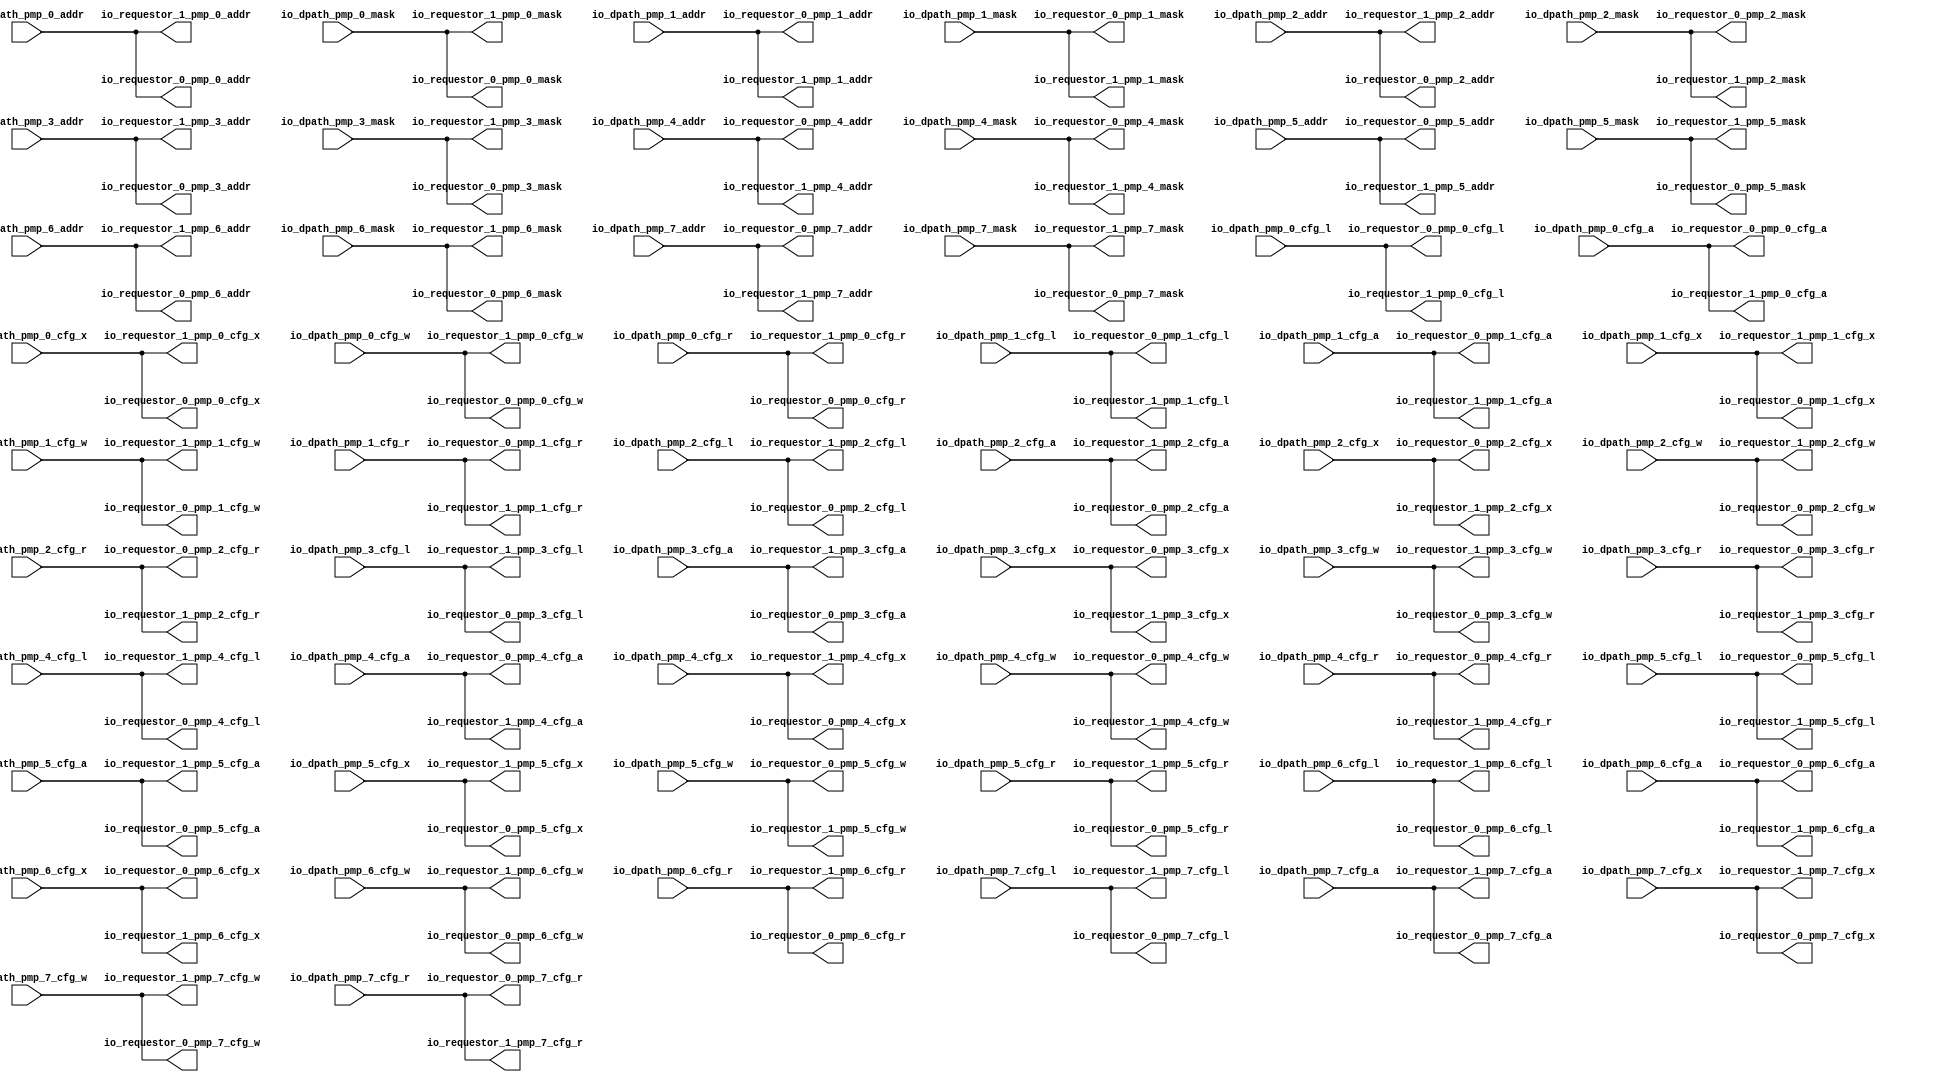
module PTW( // @[:freechips.rocketchip.system.TinyConfig.fir@115493.2]
  output        io_requestor_0_pmp_0_cfg_l, // @[:freechips.rocketchip.system.TinyConfig.fir@115496.4]
  output [1:0]  io_requestor_0_pmp_0_cfg_a, // @[:freechips.rocketchip.system.TinyConfig.fir@115496.4]
  output        io_requestor_0_pmp_0_cfg_x, // @[:freechips.rocketchip.system.TinyConfig.fir@115496.4]
  output        io_requestor_0_pmp_0_cfg_w, // @[:freechips.rocketchip.system.TinyConfig.fir@115496.4]
  output        io_requestor_0_pmp_0_cfg_r, // @[:freechips.rocketchip.system.TinyConfig.fir@115496.4]
  output [29:0] io_requestor_0_pmp_0_addr, // @[:freechips.rocketchip.system.TinyConfig.fir@115496.4]
  output [31:0] io_requestor_0_pmp_0_mask, // @[:freechips.rocketchip.system.TinyConfig.fir@115496.4]
  output        io_requestor_0_pmp_1_cfg_l, // @[:freechips.rocketchip.system.TinyConfig.fir@115496.4]
  output [1:0]  io_requestor_0_pmp_1_cfg_a, // @[:freechips.rocketchip.system.TinyConfig.fir@115496.4]
  output        io_requestor_0_pmp_1_cfg_x, // @[:freechips.rocketchip.system.TinyConfig.fir@115496.4]
  output        io_requestor_0_pmp_1_cfg_w, // @[:freechips.rocketchip.system.TinyConfig.fir@115496.4]
  output        io_requestor_0_pmp_1_cfg_r, // @[:freechips.rocketchip.system.TinyConfig.fir@115496.4]
  output [29:0] io_requestor_0_pmp_1_addr, // @[:freechips.rocketchip.system.TinyConfig.fir@115496.4]
  output [31:0] io_requestor_0_pmp_1_mask, // @[:freechips.rocketchip.system.TinyConfig.fir@115496.4]
  output        io_requestor_0_pmp_2_cfg_l, // @[:freechips.rocketchip.system.TinyConfig.fir@115496.4]
  output [1:0]  io_requestor_0_pmp_2_cfg_a, // @[:freechips.rocketchip.system.TinyConfig.fir@115496.4]
  output        io_requestor_0_pmp_2_cfg_x, // @[:freechips.rocketchip.system.TinyConfig.fir@115496.4]
  output        io_requestor_0_pmp_2_cfg_w, // @[:freechips.rocketchip.system.TinyConfig.fir@115496.4]
  output        io_requestor_0_pmp_2_cfg_r, // @[:freechips.rocketchip.system.TinyConfig.fir@115496.4]
  output [29:0] io_requestor_0_pmp_2_addr, // @[:freechips.rocketchip.system.TinyConfig.fir@115496.4]
  output [31:0] io_requestor_0_pmp_2_mask, // @[:freechips.rocketchip.system.TinyConfig.fir@115496.4]
  output        io_requestor_0_pmp_3_cfg_l, // @[:freechips.rocketchip.system.TinyConfig.fir@115496.4]
  output [1:0]  io_requestor_0_pmp_3_cfg_a, // @[:freechips.rocketchip.system.TinyConfig.fir@115496.4]
  output        io_requestor_0_pmp_3_cfg_x, // @[:freechips.rocketchip.system.TinyConfig.fir@115496.4]
  output        io_requestor_0_pmp_3_cfg_w, // @[:freechips.rocketchip.system.TinyConfig.fir@115496.4]
  output        io_requestor_0_pmp_3_cfg_r, // @[:freechips.rocketchip.system.TinyConfig.fir@115496.4]
  output [29:0] io_requestor_0_pmp_3_addr, // @[:freechips.rocketchip.system.TinyConfig.fir@115496.4]
  output [31:0] io_requestor_0_pmp_3_mask, // @[:freechips.rocketchip.system.TinyConfig.fir@115496.4]
  output        io_requestor_0_pmp_4_cfg_l, // @[:freechips.rocketchip.system.TinyConfig.fir@115496.4]
  output [1:0]  io_requestor_0_pmp_4_cfg_a, // @[:freechips.rocketchip.system.TinyConfig.fir@115496.4]
  output        io_requestor_0_pmp_4_cfg_x, // @[:freechips.rocketchip.system.TinyConfig.fir@115496.4]
  output        io_requestor_0_pmp_4_cfg_w, // @[:freechips.rocketchip.system.TinyConfig.fir@115496.4]
  output        io_requestor_0_pmp_4_cfg_r, // @[:freechips.rocketchip.system.TinyConfig.fir@115496.4]
  output [29:0] io_requestor_0_pmp_4_addr, // @[:freechips.rocketchip.system.TinyConfig.fir@115496.4]
  output [31:0] io_requestor_0_pmp_4_mask, // @[:freechips.rocketchip.system.TinyConfig.fir@115496.4]
  output        io_requestor_0_pmp_5_cfg_l, // @[:freechips.rocketchip.system.TinyConfig.fir@115496.4]
  output [1:0]  io_requestor_0_pmp_5_cfg_a, // @[:freechips.rocketchip.system.TinyConfig.fir@115496.4]
  output        io_requestor_0_pmp_5_cfg_x, // @[:freechips.rocketchip.system.TinyConfig.fir@115496.4]
  output        io_requestor_0_pmp_5_cfg_w, // @[:freechips.rocketchip.system.TinyConfig.fir@115496.4]
  output        io_requestor_0_pmp_5_cfg_r, // @[:freechips.rocketchip.system.TinyConfig.fir@115496.4]
  output [29:0] io_requestor_0_pmp_5_addr, // @[:freechips.rocketchip.system.TinyConfig.fir@115496.4]
  output [31:0] io_requestor_0_pmp_5_mask, // @[:freechips.rocketchip.system.TinyConfig.fir@115496.4]
  output        io_requestor_0_pmp_6_cfg_l, // @[:freechips.rocketchip.system.TinyConfig.fir@115496.4]
  output [1:0]  io_requestor_0_pmp_6_cfg_a, // @[:freechips.rocketchip.system.TinyConfig.fir@115496.4]
  output        io_requestor_0_pmp_6_cfg_x, // @[:freechips.rocketchip.system.TinyConfig.fir@115496.4]
  output        io_requestor_0_pmp_6_cfg_w, // @[:freechips.rocketchip.system.TinyConfig.fir@115496.4]
  output        io_requestor_0_pmp_6_cfg_r, // @[:freechips.rocketchip.system.TinyConfig.fir@115496.4]
  output [29:0] io_requestor_0_pmp_6_addr, // @[:freechips.rocketchip.system.TinyConfig.fir@115496.4]
  output [31:0] io_requestor_0_pmp_6_mask, // @[:freechips.rocketchip.system.TinyConfig.fir@115496.4]
  output        io_requestor_0_pmp_7_cfg_l, // @[:freechips.rocketchip.system.TinyConfig.fir@115496.4]
  output [1:0]  io_requestor_0_pmp_7_cfg_a, // @[:freechips.rocketchip.system.TinyConfig.fir@115496.4]
  output        io_requestor_0_pmp_7_cfg_x, // @[:freechips.rocketchip.system.TinyConfig.fir@115496.4]
  output        io_requestor_0_pmp_7_cfg_w, // @[:freechips.rocketchip.system.TinyConfig.fir@115496.4]
  output        io_requestor_0_pmp_7_cfg_r, // @[:freechips.rocketchip.system.TinyConfig.fir@115496.4]
  output [29:0] io_requestor_0_pmp_7_addr, // @[:freechips.rocketchip.system.TinyConfig.fir@115496.4]
  output [31:0] io_requestor_0_pmp_7_mask, // @[:freechips.rocketchip.system.TinyConfig.fir@115496.4]
  output        io_requestor_1_pmp_0_cfg_l, // @[:freechips.rocketchip.system.TinyConfig.fir@115496.4]
  output [1:0]  io_requestor_1_pmp_0_cfg_a, // @[:freechips.rocketchip.system.TinyConfig.fir@115496.4]
  output        io_requestor_1_pmp_0_cfg_x, // @[:freechips.rocketchip.system.TinyConfig.fir@115496.4]
  output        io_requestor_1_pmp_0_cfg_w, // @[:freechips.rocketchip.system.TinyConfig.fir@115496.4]
  output        io_requestor_1_pmp_0_cfg_r, // @[:freechips.rocketchip.system.TinyConfig.fir@115496.4]
  output [29:0] io_requestor_1_pmp_0_addr, // @[:freechips.rocketchip.system.TinyConfig.fir@115496.4]
  output [31:0] io_requestor_1_pmp_0_mask, // @[:freechips.rocketchip.system.TinyConfig.fir@115496.4]
  output        io_requestor_1_pmp_1_cfg_l, // @[:freechips.rocketchip.system.TinyConfig.fir@115496.4]
  output [1:0]  io_requestor_1_pmp_1_cfg_a, // @[:freechips.rocketchip.system.TinyConfig.fir@115496.4]
  output        io_requestor_1_pmp_1_cfg_x, // @[:freechips.rocketchip.system.TinyConfig.fir@115496.4]
  output        io_requestor_1_pmp_1_cfg_w, // @[:freechips.rocketchip.system.TinyConfig.fir@115496.4]
  output        io_requestor_1_pmp_1_cfg_r, // @[:freechips.rocketchip.system.TinyConfig.fir@115496.4]
  output [29:0] io_requestor_1_pmp_1_addr, // @[:freechips.rocketchip.system.TinyConfig.fir@115496.4]
  output [31:0] io_requestor_1_pmp_1_mask, // @[:freechips.rocketchip.system.TinyConfig.fir@115496.4]
  output        io_requestor_1_pmp_2_cfg_l, // @[:freechips.rocketchip.system.TinyConfig.fir@115496.4]
  output [1:0]  io_requestor_1_pmp_2_cfg_a, // @[:freechips.rocketchip.system.TinyConfig.fir@115496.4]
  output        io_requestor_1_pmp_2_cfg_x, // @[:freechips.rocketchip.system.TinyConfig.fir@115496.4]
  output        io_requestor_1_pmp_2_cfg_w, // @[:freechips.rocketchip.system.TinyConfig.fir@115496.4]
  output        io_requestor_1_pmp_2_cfg_r, // @[:freechips.rocketchip.system.TinyConfig.fir@115496.4]
  output [29:0] io_requestor_1_pmp_2_addr, // @[:freechips.rocketchip.system.TinyConfig.fir@115496.4]
  output [31:0] io_requestor_1_pmp_2_mask, // @[:freechips.rocketchip.system.TinyConfig.fir@115496.4]
  output        io_requestor_1_pmp_3_cfg_l, // @[:freechips.rocketchip.system.TinyConfig.fir@115496.4]
  output [1:0]  io_requestor_1_pmp_3_cfg_a, // @[:freechips.rocketchip.system.TinyConfig.fir@115496.4]
  output        io_requestor_1_pmp_3_cfg_x, // @[:freechips.rocketchip.system.TinyConfig.fir@115496.4]
  output        io_requestor_1_pmp_3_cfg_w, // @[:freechips.rocketchip.system.TinyConfig.fir@115496.4]
  output        io_requestor_1_pmp_3_cfg_r, // @[:freechips.rocketchip.system.TinyConfig.fir@115496.4]
  output [29:0] io_requestor_1_pmp_3_addr, // @[:freechips.rocketchip.system.TinyConfig.fir@115496.4]
  output [31:0] io_requestor_1_pmp_3_mask, // @[:freechips.rocketchip.system.TinyConfig.fir@115496.4]
  output        io_requestor_1_pmp_4_cfg_l, // @[:freechips.rocketchip.system.TinyConfig.fir@115496.4]
  output [1:0]  io_requestor_1_pmp_4_cfg_a, // @[:freechips.rocketchip.system.TinyConfig.fir@115496.4]
  output        io_requestor_1_pmp_4_cfg_x, // @[:freechips.rocketchip.system.TinyConfig.fir@115496.4]
  output        io_requestor_1_pmp_4_cfg_w, // @[:freechips.rocketchip.system.TinyConfig.fir@115496.4]
  output        io_requestor_1_pmp_4_cfg_r, // @[:freechips.rocketchip.system.TinyConfig.fir@115496.4]
  output [29:0] io_requestor_1_pmp_4_addr, // @[:freechips.rocketchip.system.TinyConfig.fir@115496.4]
  output [31:0] io_requestor_1_pmp_4_mask, // @[:freechips.rocketchip.system.TinyConfig.fir@115496.4]
  output        io_requestor_1_pmp_5_cfg_l, // @[:freechips.rocketchip.system.TinyConfig.fir@115496.4]
  output [1:0]  io_requestor_1_pmp_5_cfg_a, // @[:freechips.rocketchip.system.TinyConfig.fir@115496.4]
  output        io_requestor_1_pmp_5_cfg_x, // @[:freechips.rocketchip.system.TinyConfig.fir@115496.4]
  output        io_requestor_1_pmp_5_cfg_w, // @[:freechips.rocketchip.system.TinyConfig.fir@115496.4]
  output        io_requestor_1_pmp_5_cfg_r, // @[:freechips.rocketchip.system.TinyConfig.fir@115496.4]
  output [29:0] io_requestor_1_pmp_5_addr, // @[:freechips.rocketchip.system.TinyConfig.fir@115496.4]
  output [31:0] io_requestor_1_pmp_5_mask, // @[:freechips.rocketchip.system.TinyConfig.fir@115496.4]
  output        io_requestor_1_pmp_6_cfg_l, // @[:freechips.rocketchip.system.TinyConfig.fir@115496.4]
  output [1:0]  io_requestor_1_pmp_6_cfg_a, // @[:freechips.rocketchip.system.TinyConfig.fir@115496.4]
  output        io_requestor_1_pmp_6_cfg_x, // @[:freechips.rocketchip.system.TinyConfig.fir@115496.4]
  output        io_requestor_1_pmp_6_cfg_w, // @[:freechips.rocketchip.system.TinyConfig.fir@115496.4]
  output        io_requestor_1_pmp_6_cfg_r, // @[:freechips.rocketchip.system.TinyConfig.fir@115496.4]
  output [29:0] io_requestor_1_pmp_6_addr, // @[:freechips.rocketchip.system.TinyConfig.fir@115496.4]
  output [31:0] io_requestor_1_pmp_6_mask, // @[:freechips.rocketchip.system.TinyConfig.fir@115496.4]
  output        io_requestor_1_pmp_7_cfg_l, // @[:freechips.rocketchip.system.TinyConfig.fir@115496.4]
  output [1:0]  io_requestor_1_pmp_7_cfg_a, // @[:freechips.rocketchip.system.TinyConfig.fir@115496.4]
  output        io_requestor_1_pmp_7_cfg_x, // @[:freechips.rocketchip.system.TinyConfig.fir@115496.4]
  output        io_requestor_1_pmp_7_cfg_w, // @[:freechips.rocketchip.system.TinyConfig.fir@115496.4]
  output        io_requestor_1_pmp_7_cfg_r, // @[:freechips.rocketchip.system.TinyConfig.fir@115496.4]
  output [29:0] io_requestor_1_pmp_7_addr, // @[:freechips.rocketchip.system.TinyConfig.fir@115496.4]
  output [31:0] io_requestor_1_pmp_7_mask, // @[:freechips.rocketchip.system.TinyConfig.fir@115496.4]
  input         io_dpath_pmp_0_cfg_l, // @[:freechips.rocketchip.system.TinyConfig.fir@115496.4]
  input  [1:0]  io_dpath_pmp_0_cfg_a, // @[:freechips.rocketchip.system.TinyConfig.fir@115496.4]
  input         io_dpath_pmp_0_cfg_x, // @[:freechips.rocketchip.system.TinyConfig.fir@115496.4]
  input         io_dpath_pmp_0_cfg_w, // @[:freechips.rocketchip.system.TinyConfig.fir@115496.4]
  input         io_dpath_pmp_0_cfg_r, // @[:freechips.rocketchip.system.TinyConfig.fir@115496.4]
  input  [29:0] io_dpath_pmp_0_addr, // @[:freechips.rocketchip.system.TinyConfig.fir@115496.4]
  input  [31:0] io_dpath_pmp_0_mask, // @[:freechips.rocketchip.system.TinyConfig.fir@115496.4]
  input         io_dpath_pmp_1_cfg_l, // @[:freechips.rocketchip.system.TinyConfig.fir@115496.4]
  input  [1:0]  io_dpath_pmp_1_cfg_a, // @[:freechips.rocketchip.system.TinyConfig.fir@115496.4]
  input         io_dpath_pmp_1_cfg_x, // @[:freechips.rocketchip.system.TinyConfig.fir@115496.4]
  input         io_dpath_pmp_1_cfg_w, // @[:freechips.rocketchip.system.TinyConfig.fir@115496.4]
  input         io_dpath_pmp_1_cfg_r, // @[:freechips.rocketchip.system.TinyConfig.fir@115496.4]
  input  [29:0] io_dpath_pmp_1_addr, // @[:freechips.rocketchip.system.TinyConfig.fir@115496.4]
  input  [31:0] io_dpath_pmp_1_mask, // @[:freechips.rocketchip.system.TinyConfig.fir@115496.4]
  input         io_dpath_pmp_2_cfg_l, // @[:freechips.rocketchip.system.TinyConfig.fir@115496.4]
  input  [1:0]  io_dpath_pmp_2_cfg_a, // @[:freechips.rocketchip.system.TinyConfig.fir@115496.4]
  input         io_dpath_pmp_2_cfg_x, // @[:freechips.rocketchip.system.TinyConfig.fir@115496.4]
  input         io_dpath_pmp_2_cfg_w, // @[:freechips.rocketchip.system.TinyConfig.fir@115496.4]
  input         io_dpath_pmp_2_cfg_r, // @[:freechips.rocketchip.system.TinyConfig.fir@115496.4]
  input  [29:0] io_dpath_pmp_2_addr, // @[:freechips.rocketchip.system.TinyConfig.fir@115496.4]
  input  [31:0] io_dpath_pmp_2_mask, // @[:freechips.rocketchip.system.TinyConfig.fir@115496.4]
  input         io_dpath_pmp_3_cfg_l, // @[:freechips.rocketchip.system.TinyConfig.fir@115496.4]
  input  [1:0]  io_dpath_pmp_3_cfg_a, // @[:freechips.rocketchip.system.TinyConfig.fir@115496.4]
  input         io_dpath_pmp_3_cfg_x, // @[:freechips.rocketchip.system.TinyConfig.fir@115496.4]
  input         io_dpath_pmp_3_cfg_w, // @[:freechips.rocketchip.system.TinyConfig.fir@115496.4]
  input         io_dpath_pmp_3_cfg_r, // @[:freechips.rocketchip.system.TinyConfig.fir@115496.4]
  input  [29:0] io_dpath_pmp_3_addr, // @[:freechips.rocketchip.system.TinyConfig.fir@115496.4]
  input  [31:0] io_dpath_pmp_3_mask, // @[:freechips.rocketchip.system.TinyConfig.fir@115496.4]
  input         io_dpath_pmp_4_cfg_l, // @[:freechips.rocketchip.system.TinyConfig.fir@115496.4]
  input  [1:0]  io_dpath_pmp_4_cfg_a, // @[:freechips.rocketchip.system.TinyConfig.fir@115496.4]
  input         io_dpath_pmp_4_cfg_x, // @[:freechips.rocketchip.system.TinyConfig.fir@115496.4]
  input         io_dpath_pmp_4_cfg_w, // @[:freechips.rocketchip.system.TinyConfig.fir@115496.4]
  input         io_dpath_pmp_4_cfg_r, // @[:freechips.rocketchip.system.TinyConfig.fir@115496.4]
  input  [29:0] io_dpath_pmp_4_addr, // @[:freechips.rocketchip.system.TinyConfig.fir@115496.4]
  input  [31:0] io_dpath_pmp_4_mask, // @[:freechips.rocketchip.system.TinyConfig.fir@115496.4]
  input         io_dpath_pmp_5_cfg_l, // @[:freechips.rocketchip.system.TinyConfig.fir@115496.4]
  input  [1:0]  io_dpath_pmp_5_cfg_a, // @[:freechips.rocketchip.system.TinyConfig.fir@115496.4]
  input         io_dpath_pmp_5_cfg_x, // @[:freechips.rocketchip.system.TinyConfig.fir@115496.4]
  input         io_dpath_pmp_5_cfg_w, // @[:freechips.rocketchip.system.TinyConfig.fir@115496.4]
  input         io_dpath_pmp_5_cfg_r, // @[:freechips.rocketchip.system.TinyConfig.fir@115496.4]
  input  [29:0] io_dpath_pmp_5_addr, // @[:freechips.rocketchip.system.TinyConfig.fir@115496.4]
  input  [31:0] io_dpath_pmp_5_mask, // @[:freechips.rocketchip.system.TinyConfig.fir@115496.4]
  input         io_dpath_pmp_6_cfg_l, // @[:freechips.rocketchip.system.TinyConfig.fir@115496.4]
  input  [1:0]  io_dpath_pmp_6_cfg_a, // @[:freechips.rocketchip.system.TinyConfig.fir@115496.4]
  input         io_dpath_pmp_6_cfg_x, // @[:freechips.rocketchip.system.TinyConfig.fir@115496.4]
  input         io_dpath_pmp_6_cfg_w, // @[:freechips.rocketchip.system.TinyConfig.fir@115496.4]
  input         io_dpath_pmp_6_cfg_r, // @[:freechips.rocketchip.system.TinyConfig.fir@115496.4]
  input  [29:0] io_dpath_pmp_6_addr, // @[:freechips.rocketchip.system.TinyConfig.fir@115496.4]
  input  [31:0] io_dpath_pmp_6_mask, // @[:freechips.rocketchip.system.TinyConfig.fir@115496.4]
  input         io_dpath_pmp_7_cfg_l, // @[:freechips.rocketchip.system.TinyConfig.fir@115496.4]
  input  [1:0]  io_dpath_pmp_7_cfg_a, // @[:freechips.rocketchip.system.TinyConfig.fir@115496.4]
  input         io_dpath_pmp_7_cfg_x, // @[:freechips.rocketchip.system.TinyConfig.fir@115496.4]
  input         io_dpath_pmp_7_cfg_w, // @[:freechips.rocketchip.system.TinyConfig.fir@115496.4]
  input         io_dpath_pmp_7_cfg_r, // @[:freechips.rocketchip.system.TinyConfig.fir@115496.4]
  input  [29:0] io_dpath_pmp_7_addr, // @[:freechips.rocketchip.system.TinyConfig.fir@115496.4]
  input  [31:0] io_dpath_pmp_7_mask // @[:freechips.rocketchip.system.TinyConfig.fir@115496.4]
);
  assign io_requestor_0_pmp_0_cfg_l = io_dpath_pmp_0_cfg_l; // @[PTW.scala 277:25:freechips.rocketchip.system.TinyConfig.fir@116344.4]
  assign io_requestor_0_pmp_0_cfg_a = io_dpath_pmp_0_cfg_a; // @[PTW.scala 277:25:freechips.rocketchip.system.TinyConfig.fir@116344.4]
  assign io_requestor_0_pmp_0_cfg_x = io_dpath_pmp_0_cfg_x; // @[PTW.scala 277:25:freechips.rocketchip.system.TinyConfig.fir@116344.4]
  assign io_requestor_0_pmp_0_cfg_w = io_dpath_pmp_0_cfg_w; // @[PTW.scala 277:25:freechips.rocketchip.system.TinyConfig.fir@116344.4]
  assign io_requestor_0_pmp_0_cfg_r = io_dpath_pmp_0_cfg_r; // @[PTW.scala 277:25:freechips.rocketchip.system.TinyConfig.fir@116344.4]
  assign io_requestor_0_pmp_0_addr = io_dpath_pmp_0_addr; // @[PTW.scala 277:25:freechips.rocketchip.system.TinyConfig.fir@116344.4]
  assign io_requestor_0_pmp_0_mask = io_dpath_pmp_0_mask; // @[PTW.scala 277:25:freechips.rocketchip.system.TinyConfig.fir@116344.4]
  assign io_requestor_0_pmp_1_cfg_l = io_dpath_pmp_1_cfg_l; // @[PTW.scala 277:25:freechips.rocketchip.system.TinyConfig.fir@116344.4]
  assign io_requestor_0_pmp_1_cfg_a = io_dpath_pmp_1_cfg_a; // @[PTW.scala 277:25:freechips.rocketchip.system.TinyConfig.fir@116344.4]
  assign io_requestor_0_pmp_1_cfg_x = io_dpath_pmp_1_cfg_x; // @[PTW.scala 277:25:freechips.rocketchip.system.TinyConfig.fir@116344.4]
  assign io_requestor_0_pmp_1_cfg_w = io_dpath_pmp_1_cfg_w; // @[PTW.scala 277:25:freechips.rocketchip.system.TinyConfig.fir@116344.4]
  assign io_requestor_0_pmp_1_cfg_r = io_dpath_pmp_1_cfg_r; // @[PTW.scala 277:25:freechips.rocketchip.system.TinyConfig.fir@116344.4]
  assign io_requestor_0_pmp_1_addr = io_dpath_pmp_1_addr; // @[PTW.scala 277:25:freechips.rocketchip.system.TinyConfig.fir@116344.4]
  assign io_requestor_0_pmp_1_mask = io_dpath_pmp_1_mask; // @[PTW.scala 277:25:freechips.rocketchip.system.TinyConfig.fir@116344.4]
  assign io_requestor_0_pmp_2_cfg_l = io_dpath_pmp_2_cfg_l; // @[PTW.scala 277:25:freechips.rocketchip.system.TinyConfig.fir@116344.4]
  assign io_requestor_0_pmp_2_cfg_a = io_dpath_pmp_2_cfg_a; // @[PTW.scala 277:25:freechips.rocketchip.system.TinyConfig.fir@116344.4]
  assign io_requestor_0_pmp_2_cfg_x = io_dpath_pmp_2_cfg_x; // @[PTW.scala 277:25:freechips.rocketchip.system.TinyConfig.fir@116344.4]
  assign io_requestor_0_pmp_2_cfg_w = io_dpath_pmp_2_cfg_w; // @[PTW.scala 277:25:freechips.rocketchip.system.TinyConfig.fir@116344.4]
  assign io_requestor_0_pmp_2_cfg_r = io_dpath_pmp_2_cfg_r; // @[PTW.scala 277:25:freechips.rocketchip.system.TinyConfig.fir@116344.4]
  assign io_requestor_0_pmp_2_addr = io_dpath_pmp_2_addr; // @[PTW.scala 277:25:freechips.rocketchip.system.TinyConfig.fir@116344.4]
  assign io_requestor_0_pmp_2_mask = io_dpath_pmp_2_mask; // @[PTW.scala 277:25:freechips.rocketchip.system.TinyConfig.fir@116344.4]
  assign io_requestor_0_pmp_3_cfg_l = io_dpath_pmp_3_cfg_l; // @[PTW.scala 277:25:freechips.rocketchip.system.TinyConfig.fir@116344.4]
  assign io_requestor_0_pmp_3_cfg_a = io_dpath_pmp_3_cfg_a; // @[PTW.scala 277:25:freechips.rocketchip.system.TinyConfig.fir@116344.4]
  assign io_requestor_0_pmp_3_cfg_x = io_dpath_pmp_3_cfg_x; // @[PTW.scala 277:25:freechips.rocketchip.system.TinyConfig.fir@116344.4]
  assign io_requestor_0_pmp_3_cfg_w = io_dpath_pmp_3_cfg_w; // @[PTW.scala 277:25:freechips.rocketchip.system.TinyConfig.fir@116344.4]
  assign io_requestor_0_pmp_3_cfg_r = io_dpath_pmp_3_cfg_r; // @[PTW.scala 277:25:freechips.rocketchip.system.TinyConfig.fir@116344.4]
  assign io_requestor_0_pmp_3_addr = io_dpath_pmp_3_addr; // @[PTW.scala 277:25:freechips.rocketchip.system.TinyConfig.fir@116344.4]
  assign io_requestor_0_pmp_3_mask = io_dpath_pmp_3_mask; // @[PTW.scala 277:25:freechips.rocketchip.system.TinyConfig.fir@116344.4]
  assign io_requestor_0_pmp_4_cfg_l = io_dpath_pmp_4_cfg_l; // @[PTW.scala 277:25:freechips.rocketchip.system.TinyConfig.fir@116344.4]
  assign io_requestor_0_pmp_4_cfg_a = io_dpath_pmp_4_cfg_a; // @[PTW.scala 277:25:freechips.rocketchip.system.TinyConfig.fir@116344.4]
  assign io_requestor_0_pmp_4_cfg_x = io_dpath_pmp_4_cfg_x; // @[PTW.scala 277:25:freechips.rocketchip.system.TinyConfig.fir@116344.4]
  assign io_requestor_0_pmp_4_cfg_w = io_dpath_pmp_4_cfg_w; // @[PTW.scala 277:25:freechips.rocketchip.system.TinyConfig.fir@116344.4]
  assign io_requestor_0_pmp_4_cfg_r = io_dpath_pmp_4_cfg_r; // @[PTW.scala 277:25:freechips.rocketchip.system.TinyConfig.fir@116344.4]
  assign io_requestor_0_pmp_4_addr = io_dpath_pmp_4_addr; // @[PTW.scala 277:25:freechips.rocketchip.system.TinyConfig.fir@116344.4]
  assign io_requestor_0_pmp_4_mask = io_dpath_pmp_4_mask; // @[PTW.scala 277:25:freechips.rocketchip.system.TinyConfig.fir@116344.4]
  assign io_requestor_0_pmp_5_cfg_l = io_dpath_pmp_5_cfg_l; // @[PTW.scala 277:25:freechips.rocketchip.system.TinyConfig.fir@116344.4]
  assign io_requestor_0_pmp_5_cfg_a = io_dpath_pmp_5_cfg_a; // @[PTW.scala 277:25:freechips.rocketchip.system.TinyConfig.fir@116344.4]
  assign io_requestor_0_pmp_5_cfg_x = io_dpath_pmp_5_cfg_x; // @[PTW.scala 277:25:freechips.rocketchip.system.TinyConfig.fir@116344.4]
  assign io_requestor_0_pmp_5_cfg_w = io_dpath_pmp_5_cfg_w; // @[PTW.scala 277:25:freechips.rocketchip.system.TinyConfig.fir@116344.4]
  assign io_requestor_0_pmp_5_cfg_r = io_dpath_pmp_5_cfg_r; // @[PTW.scala 277:25:freechips.rocketchip.system.TinyConfig.fir@116344.4]
  assign io_requestor_0_pmp_5_addr = io_dpath_pmp_5_addr; // @[PTW.scala 277:25:freechips.rocketchip.system.TinyConfig.fir@116344.4]
  assign io_requestor_0_pmp_5_mask = io_dpath_pmp_5_mask; // @[PTW.scala 277:25:freechips.rocketchip.system.TinyConfig.fir@116344.4]
  assign io_requestor_0_pmp_6_cfg_l = io_dpath_pmp_6_cfg_l; // @[PTW.scala 277:25:freechips.rocketchip.system.TinyConfig.fir@116344.4]
  assign io_requestor_0_pmp_6_cfg_a = io_dpath_pmp_6_cfg_a; // @[PTW.scala 277:25:freechips.rocketchip.system.TinyConfig.fir@116344.4]
  assign io_requestor_0_pmp_6_cfg_x = io_dpath_pmp_6_cfg_x; // @[PTW.scala 277:25:freechips.rocketchip.system.TinyConfig.fir@116344.4]
  assign io_requestor_0_pmp_6_cfg_w = io_dpath_pmp_6_cfg_w; // @[PTW.scala 277:25:freechips.rocketchip.system.TinyConfig.fir@116344.4]
  assign io_requestor_0_pmp_6_cfg_r = io_dpath_pmp_6_cfg_r; // @[PTW.scala 277:25:freechips.rocketchip.system.TinyConfig.fir@116344.4]
  assign io_requestor_0_pmp_6_addr = io_dpath_pmp_6_addr; // @[PTW.scala 277:25:freechips.rocketchip.system.TinyConfig.fir@116344.4]
  assign io_requestor_0_pmp_6_mask = io_dpath_pmp_6_mask; // @[PTW.scala 277:25:freechips.rocketchip.system.TinyConfig.fir@116344.4]
  assign io_requestor_0_pmp_7_cfg_l = io_dpath_pmp_7_cfg_l; // @[PTW.scala 277:25:freechips.rocketchip.system.TinyConfig.fir@116344.4]
  assign io_requestor_0_pmp_7_cfg_a = io_dpath_pmp_7_cfg_a; // @[PTW.scala 277:25:freechips.rocketchip.system.TinyConfig.fir@116344.4]
  assign io_requestor_0_pmp_7_cfg_x = io_dpath_pmp_7_cfg_x; // @[PTW.scala 277:25:freechips.rocketchip.system.TinyConfig.fir@116344.4]
  assign io_requestor_0_pmp_7_cfg_w = io_dpath_pmp_7_cfg_w; // @[PTW.scala 277:25:freechips.rocketchip.system.TinyConfig.fir@116344.4]
  assign io_requestor_0_pmp_7_cfg_r = io_dpath_pmp_7_cfg_r; // @[PTW.scala 277:25:freechips.rocketchip.system.TinyConfig.fir@116344.4]
  assign io_requestor_0_pmp_7_addr = io_dpath_pmp_7_addr; // @[PTW.scala 277:25:freechips.rocketchip.system.TinyConfig.fir@116344.4]
  assign io_requestor_0_pmp_7_mask = io_dpath_pmp_7_mask; // @[PTW.scala 277:25:freechips.rocketchip.system.TinyConfig.fir@116344.4]
  assign io_requestor_1_pmp_0_cfg_l = io_dpath_pmp_0_cfg_l; // @[PTW.scala 277:25:freechips.rocketchip.system.TinyConfig.fir@116356.4]
  assign io_requestor_1_pmp_0_cfg_a = io_dpath_pmp_0_cfg_a; // @[PTW.scala 277:25:freechips.rocketchip.system.TinyConfig.fir@116356.4]
  assign io_requestor_1_pmp_0_cfg_x = io_dpath_pmp_0_cfg_x; // @[PTW.scala 277:25:freechips.rocketchip.system.TinyConfig.fir@116356.4]
  assign io_requestor_1_pmp_0_cfg_w = io_dpath_pmp_0_cfg_w; // @[PTW.scala 277:25:freechips.rocketchip.system.TinyConfig.fir@116356.4]
  assign io_requestor_1_pmp_0_cfg_r = io_dpath_pmp_0_cfg_r; // @[PTW.scala 277:25:freechips.rocketchip.system.TinyConfig.fir@116356.4]
  assign io_requestor_1_pmp_0_addr = io_dpath_pmp_0_addr; // @[PTW.scala 277:25:freechips.rocketchip.system.TinyConfig.fir@116356.4]
  assign io_requestor_1_pmp_0_mask = io_dpath_pmp_0_mask; // @[PTW.scala 277:25:freechips.rocketchip.system.TinyConfig.fir@116356.4]
  assign io_requestor_1_pmp_1_cfg_l = io_dpath_pmp_1_cfg_l; // @[PTW.scala 277:25:freechips.rocketchip.system.TinyConfig.fir@116356.4]
  assign io_requestor_1_pmp_1_cfg_a = io_dpath_pmp_1_cfg_a; // @[PTW.scala 277:25:freechips.rocketchip.system.TinyConfig.fir@116356.4]
  assign io_requestor_1_pmp_1_cfg_x = io_dpath_pmp_1_cfg_x; // @[PTW.scala 277:25:freechips.rocketchip.system.TinyConfig.fir@116356.4]
  assign io_requestor_1_pmp_1_cfg_w = io_dpath_pmp_1_cfg_w; // @[PTW.scala 277:25:freechips.rocketchip.system.TinyConfig.fir@116356.4]
  assign io_requestor_1_pmp_1_cfg_r = io_dpath_pmp_1_cfg_r; // @[PTW.scala 277:25:freechips.rocketchip.system.TinyConfig.fir@116356.4]
  assign io_requestor_1_pmp_1_addr = io_dpath_pmp_1_addr; // @[PTW.scala 277:25:freechips.rocketchip.system.TinyConfig.fir@116356.4]
  assign io_requestor_1_pmp_1_mask = io_dpath_pmp_1_mask; // @[PTW.scala 277:25:freechips.rocketchip.system.TinyConfig.fir@116356.4]
  assign io_requestor_1_pmp_2_cfg_l = io_dpath_pmp_2_cfg_l; // @[PTW.scala 277:25:freechips.rocketchip.system.TinyConfig.fir@116356.4]
  assign io_requestor_1_pmp_2_cfg_a = io_dpath_pmp_2_cfg_a; // @[PTW.scala 277:25:freechips.rocketchip.system.TinyConfig.fir@116356.4]
  assign io_requestor_1_pmp_2_cfg_x = io_dpath_pmp_2_cfg_x; // @[PTW.scala 277:25:freechips.rocketchip.system.TinyConfig.fir@116356.4]
  assign io_requestor_1_pmp_2_cfg_w = io_dpath_pmp_2_cfg_w; // @[PTW.scala 277:25:freechips.rocketchip.system.TinyConfig.fir@116356.4]
  assign io_requestor_1_pmp_2_cfg_r = io_dpath_pmp_2_cfg_r; // @[PTW.scala 277:25:freechips.rocketchip.system.TinyConfig.fir@116356.4]
  assign io_requestor_1_pmp_2_addr = io_dpath_pmp_2_addr; // @[PTW.scala 277:25:freechips.rocketchip.system.TinyConfig.fir@116356.4]
  assign io_requestor_1_pmp_2_mask = io_dpath_pmp_2_mask; // @[PTW.scala 277:25:freechips.rocketchip.system.TinyConfig.fir@116356.4]
  assign io_requestor_1_pmp_3_cfg_l = io_dpath_pmp_3_cfg_l; // @[PTW.scala 277:25:freechips.rocketchip.system.TinyConfig.fir@116356.4]
  assign io_requestor_1_pmp_3_cfg_a = io_dpath_pmp_3_cfg_a; // @[PTW.scala 277:25:freechips.rocketchip.system.TinyConfig.fir@116356.4]
  assign io_requestor_1_pmp_3_cfg_x = io_dpath_pmp_3_cfg_x; // @[PTW.scala 277:25:freechips.rocketchip.system.TinyConfig.fir@116356.4]
  assign io_requestor_1_pmp_3_cfg_w = io_dpath_pmp_3_cfg_w; // @[PTW.scala 277:25:freechips.rocketchip.system.TinyConfig.fir@116356.4]
  assign io_requestor_1_pmp_3_cfg_r = io_dpath_pmp_3_cfg_r; // @[PTW.scala 277:25:freechips.rocketchip.system.TinyConfig.fir@116356.4]
  assign io_requestor_1_pmp_3_addr = io_dpath_pmp_3_addr; // @[PTW.scala 277:25:freechips.rocketchip.system.TinyConfig.fir@116356.4]
  assign io_requestor_1_pmp_3_mask = io_dpath_pmp_3_mask; // @[PTW.scala 277:25:freechips.rocketchip.system.TinyConfig.fir@116356.4]
  assign io_requestor_1_pmp_4_cfg_l = io_dpath_pmp_4_cfg_l; // @[PTW.scala 277:25:freechips.rocketchip.system.TinyConfig.fir@116356.4]
  assign io_requestor_1_pmp_4_cfg_a = io_dpath_pmp_4_cfg_a; // @[PTW.scala 277:25:freechips.rocketchip.system.TinyConfig.fir@116356.4]
  assign io_requestor_1_pmp_4_cfg_x = io_dpath_pmp_4_cfg_x; // @[PTW.scala 277:25:freechips.rocketchip.system.TinyConfig.fir@116356.4]
  assign io_requestor_1_pmp_4_cfg_w = io_dpath_pmp_4_cfg_w; // @[PTW.scala 277:25:freechips.rocketchip.system.TinyConfig.fir@116356.4]
  assign io_requestor_1_pmp_4_cfg_r = io_dpath_pmp_4_cfg_r; // @[PTW.scala 277:25:freechips.rocketchip.system.TinyConfig.fir@116356.4]
  assign io_requestor_1_pmp_4_addr = io_dpath_pmp_4_addr; // @[PTW.scala 277:25:freechips.rocketchip.system.TinyConfig.fir@116356.4]
  assign io_requestor_1_pmp_4_mask = io_dpath_pmp_4_mask; // @[PTW.scala 277:25:freechips.rocketchip.system.TinyConfig.fir@116356.4]
  assign io_requestor_1_pmp_5_cfg_l = io_dpath_pmp_5_cfg_l; // @[PTW.scala 277:25:freechips.rocketchip.system.TinyConfig.fir@116356.4]
  assign io_requestor_1_pmp_5_cfg_a = io_dpath_pmp_5_cfg_a; // @[PTW.scala 277:25:freechips.rocketchip.system.TinyConfig.fir@116356.4]
  assign io_requestor_1_pmp_5_cfg_x = io_dpath_pmp_5_cfg_x; // @[PTW.scala 277:25:freechips.rocketchip.system.TinyConfig.fir@116356.4]
  assign io_requestor_1_pmp_5_cfg_w = io_dpath_pmp_5_cfg_w; // @[PTW.scala 277:25:freechips.rocketchip.system.TinyConfig.fir@116356.4]
  assign io_requestor_1_pmp_5_cfg_r = io_dpath_pmp_5_cfg_r; // @[PTW.scala 277:25:freechips.rocketchip.system.TinyConfig.fir@116356.4]
  assign io_requestor_1_pmp_5_addr = io_dpath_pmp_5_addr; // @[PTW.scala 277:25:freechips.rocketchip.system.TinyConfig.fir@116356.4]
  assign io_requestor_1_pmp_5_mask = io_dpath_pmp_5_mask; // @[PTW.scala 277:25:freechips.rocketchip.system.TinyConfig.fir@116356.4]
  assign io_requestor_1_pmp_6_cfg_l = io_dpath_pmp_6_cfg_l; // @[PTW.scala 277:25:freechips.rocketchip.system.TinyConfig.fir@116356.4]
  assign io_requestor_1_pmp_6_cfg_a = io_dpath_pmp_6_cfg_a; // @[PTW.scala 277:25:freechips.rocketchip.system.TinyConfig.fir@116356.4]
  assign io_requestor_1_pmp_6_cfg_x = io_dpath_pmp_6_cfg_x; // @[PTW.scala 277:25:freechips.rocketchip.system.TinyConfig.fir@116356.4]
  assign io_requestor_1_pmp_6_cfg_w = io_dpath_pmp_6_cfg_w; // @[PTW.scala 277:25:freechips.rocketchip.system.TinyConfig.fir@116356.4]
  assign io_requestor_1_pmp_6_cfg_r = io_dpath_pmp_6_cfg_r; // @[PTW.scala 277:25:freechips.rocketchip.system.TinyConfig.fir@116356.4]
  assign io_requestor_1_pmp_6_addr = io_dpath_pmp_6_addr; // @[PTW.scala 277:25:freechips.rocketchip.system.TinyConfig.fir@116356.4]
  assign io_requestor_1_pmp_6_mask = io_dpath_pmp_6_mask; // @[PTW.scala 277:25:freechips.rocketchip.system.TinyConfig.fir@116356.4]
  assign io_requestor_1_pmp_7_cfg_l = io_dpath_pmp_7_cfg_l; // @[PTW.scala 277:25:freechips.rocketchip.system.TinyConfig.fir@116356.4]
  assign io_requestor_1_pmp_7_cfg_a = io_dpath_pmp_7_cfg_a; // @[PTW.scala 277:25:freechips.rocketchip.system.TinyConfig.fir@116356.4]
  assign io_requestor_1_pmp_7_cfg_x = io_dpath_pmp_7_cfg_x; // @[PTW.scala 277:25:freechips.rocketchip.system.TinyConfig.fir@116356.4]
  assign io_requestor_1_pmp_7_cfg_w = io_dpath_pmp_7_cfg_w; // @[PTW.scala 277:25:freechips.rocketchip.system.TinyConfig.fir@116356.4]
  assign io_requestor_1_pmp_7_cfg_r = io_dpath_pmp_7_cfg_r; // @[PTW.scala 277:25:freechips.rocketchip.system.TinyConfig.fir@116356.4]
  assign io_requestor_1_pmp_7_addr = io_dpath_pmp_7_addr; // @[PTW.scala 277:25:freechips.rocketchip.system.TinyConfig.fir@116356.4]
  assign io_requestor_1_pmp_7_mask = io_dpath_pmp_7_mask; // @[PTW.scala 277:25:freechips.rocketchip.system.TinyConfig.fir@116356.4]
endmodule